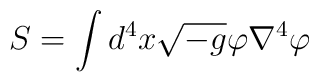
S = \int{d^4x}\sqrt{-g}\varphi\nabla^4\varphi